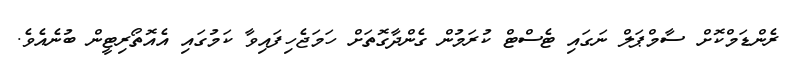
ރެންޑަމްކޮށް ސާމްޕަލް ނަގައި ޓެސްޓް ކުރަމުން ގެންދާގޮތަށް ހަމަޖެހިފައިވާ ކަމުގައި އެއޮތޯރިޓީން ބުނެއެވެ.